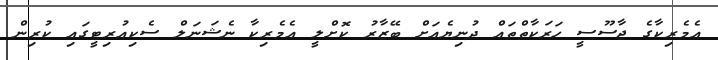
އެމެރިކާގެ ޖާސޫސީ ހަރަކާތްތައް ދުނިޔެއަށް ބޭޒާރު ކޮށްލީ އެމެރިކާ ނެޝަނަލް ސެކިއުރިޓީގައި ކުރިން